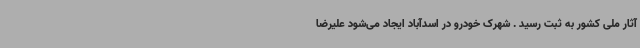
آثار ملی کشور به ثبت رسید . شهرک خودرو در اسدآباد ایجاد می‌شود علیرضا